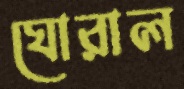
ঘোরাল